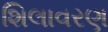
શિલાવરણ